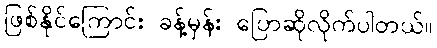
ဖြစ်နိုင်ကြောင်း ခန့်မှန်း ပြောဆိုလိုက်ပါတယ်။